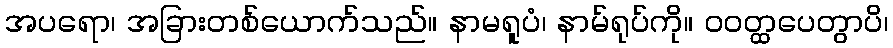
အပရော၊ အခြားတစ်ယောက်သည်။ နာမရူပံ၊ နာမ်ရုပ်ကို။ ဝဝတ္ထပေတွာပိ၊